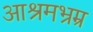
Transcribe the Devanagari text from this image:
आश्रमभ्रम्र